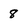
Character: 8